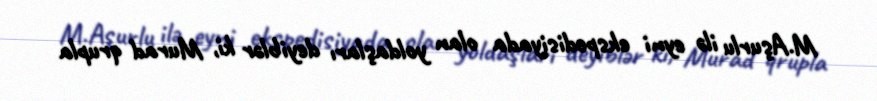
M.Aşurlu ilə eyni ekspedisiyada olan yoldaşları deyiblər ki, Murad qrupla